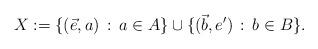
LaTeX: \begin{align*} X:=\{(\vec{e},a)\,:\,a\in A\}\cup\{(\vec{b},e')\,:\,b\in B\}.\end{align*}